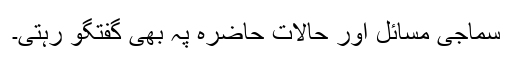
سماجی مسائل اور حالات حاضرہ پہ بھی گفتگو رہتی۔